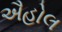
ઐહોલ